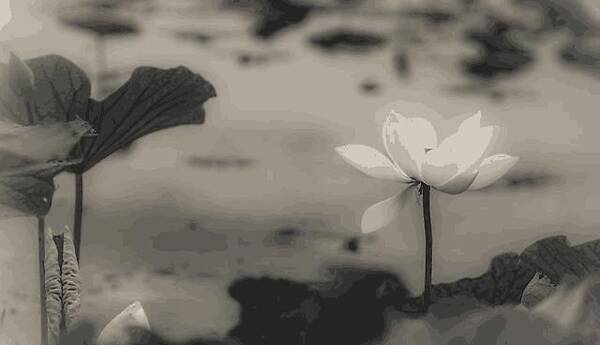
本来无一物，何处惹尘埃！